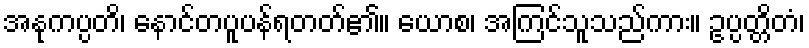
အနုကပ္ပတိ၊ နောင်တပူပန်ရတတ်၏။ ယောစ၊ အကြင်သူသည်ကား။ ဥပ္ပတ္တိတံ၊